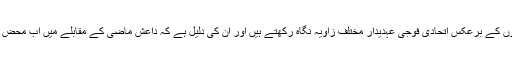
تاہم، ان تمام اندازوں کے برعکس اتحادی فوجی عہدیدار مختلف زاویہ نگاہ رکھتے ہیں اور ان کی دلیل ہے کہ داعش ماضی کے مقابلے میں اب محض اپنا ایک سایہ ہے۔